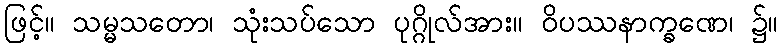
ဖြင့်။ သမ္မသတော၊ သုံးသပ်သော ပုဂ္ဂိုလ်အား။ ဝိပဿနာက္ခဏေ၊ ၌။